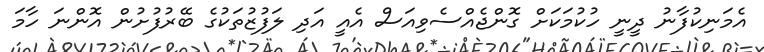
އެމަނިކުފާނު ދީނީ ހުކުމަކަށް ގޮންޖެއްސެވިއަސް އެއީ އަދި ލަފުޒުތަކުގެ ބޭރުފުށުން އޮންނަ ހާމަ